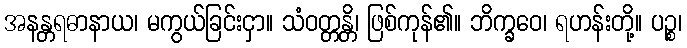
အနန္တရဓာနာယ၊ မကွယ်ခြင်းငှာ။ သံဝတ္တန္တိ၊ ဖြစ်ကုန်၏။ ဘိက္ခဝေ၊ ရဟန်းတို့။ ပဉ္စ၊